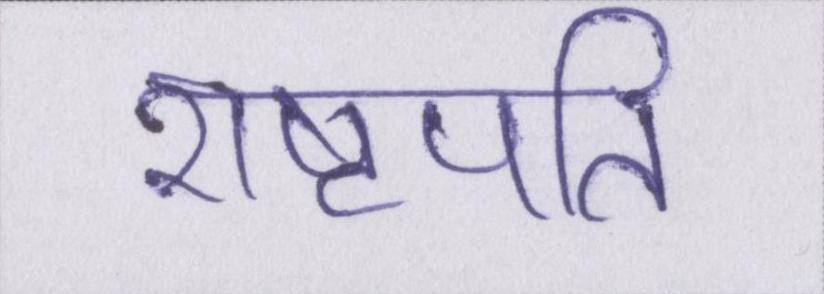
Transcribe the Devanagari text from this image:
राष्ट्रपति